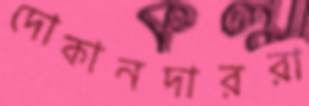
দোকানদাররা